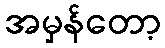
အမှန်တော့